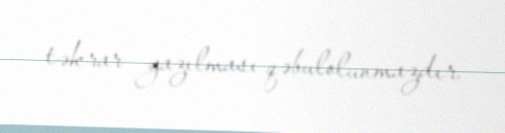
təkrar yazılması qəbulolunmazdır.